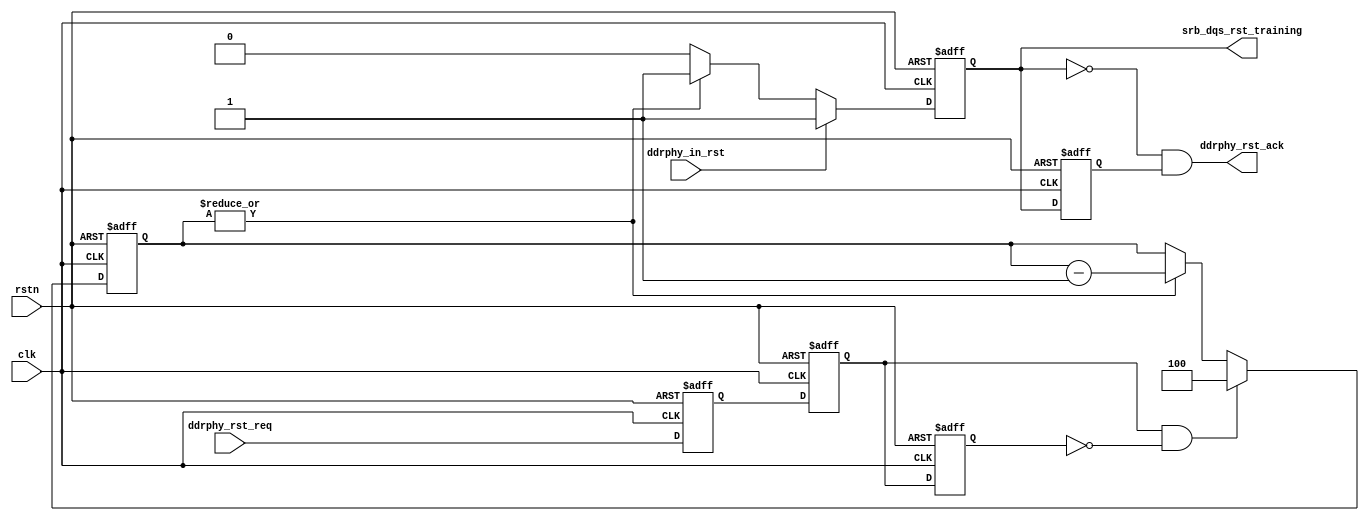
//////////////////////////////////////////////////////////////////////////////
//
// Copyright (c) 2019 PANGO MICROSYSTEMS, INC
// ALL RIGHTS RESERVED.
//
// THE SOURCE CODE CONTAINED HEREIN IS PROPRIETARY TQ PANGO MICROSYSTEMS, INC.
// IT SHALL NOT BE REPRODUCED OR DISCLOSED IN WHOLE OR IN PART OR USED BY
// PARTIES WITHOUT WRITTEN AUTHORIZATION FROM THE OWNER.
//
/////////////////////////////////////////////////////////////////////////////
// Revision:1.0(initial)
//
//////////////////////////////////////////////////////////////////////////////

`timescale 1ps/1ps

module ipsl_hmic_h_ddrphy_training_ctrl_v1_1
(
    input              clk                  ,
    input              rstn                 ,
    input              ddrphy_in_rst        ,
    input              ddrphy_rst_req       ,
    output             ddrphy_rst_ack       ,
    output reg         srb_dqs_rst_training 
);

localparam RST_TRAINING_HIGH_CLK = 4;

reg ddrphy_rst_req_d1; 
reg ddrphy_rst_req_d2; 
reg ddrphy_rst_req_d3;
wire ddrphy_rst_req_p;
reg [2:0] dqs_rst_training_high_cnt;
reg srb_dqs_rst_training_d;

always @ (posedge clk or negedge rstn) 
begin
    if (!rstn) begin
        ddrphy_rst_req_d1 <= 0;
        ddrphy_rst_req_d2 <= 0;
        ddrphy_rst_req_d3 <= 0;
    end
    else begin
        ddrphy_rst_req_d1 <= ddrphy_rst_req;
        ddrphy_rst_req_d2 <= ddrphy_rst_req_d1;
        ddrphy_rst_req_d3 <= ddrphy_rst_req_d2;
    end
end

assign ddrphy_rst_req_p = ddrphy_rst_req_d2 & ~ddrphy_rst_req_d3;

always @ (posedge clk or negedge rstn)
begin
    if (!rstn)
        dqs_rst_training_high_cnt <= 3'h0;
    else if (ddrphy_rst_req_p)
        dqs_rst_training_high_cnt <= RST_TRAINING_HIGH_CLK;
    else if (|dqs_rst_training_high_cnt)
        dqs_rst_training_high_cnt <= dqs_rst_training_high_cnt - 3'h1;
    else
        dqs_rst_training_high_cnt <= dqs_rst_training_high_cnt;
end

//CLK_AND_RST_PLAN = 1, not to reset clk for default plan
always @ (posedge clk or negedge rstn)
begin
    if (!rstn)
        srb_dqs_rst_training <= 1'b1;
    else if (ddrphy_in_rst)
        srb_dqs_rst_training <= 1'b1;
    else if (|dqs_rst_training_high_cnt)
        srb_dqs_rst_training <= 1'b1;
    else
        srb_dqs_rst_training <= 1'b0;
end

always @ (posedge clk or negedge rstn)
begin
    if (!rstn)
        srb_dqs_rst_training_d <= 1'b1;
    else
	srb_dqs_rst_training_d <= srb_dqs_rst_training;
end

assign ddrphy_rst_ack = ~srb_dqs_rst_training & srb_dqs_rst_training_d;

endmodule